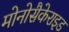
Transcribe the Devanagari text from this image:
मोनोसैकेराइड